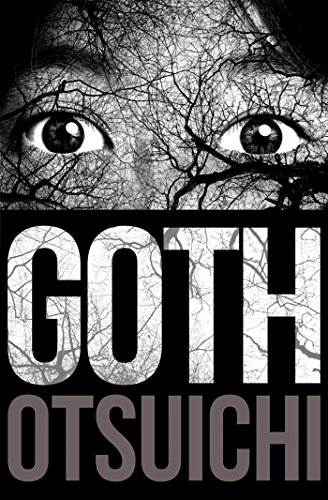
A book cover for Goth; Otsuichi; Literature & Fiction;